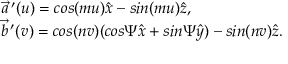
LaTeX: \begin{array} { l } { { \vec { a } \, ^ { \prime } ( u ) = c o s ( m u ) \hat { x } - s i n ( m u ) \hat { z } , } } \\ { { \vec { b } \, ^ { \prime } ( v ) = c o s ( n v ) ( c o s \Psi \hat { x } + s i n \Psi \hat { y } ) - s i n ( n v ) \hat { z } . } } \end{array}